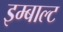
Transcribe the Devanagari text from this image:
इम्बाल्ट